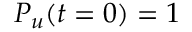
P _ { u } ( t = 0 ) = 1